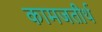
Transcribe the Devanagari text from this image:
कामजतीर्थ